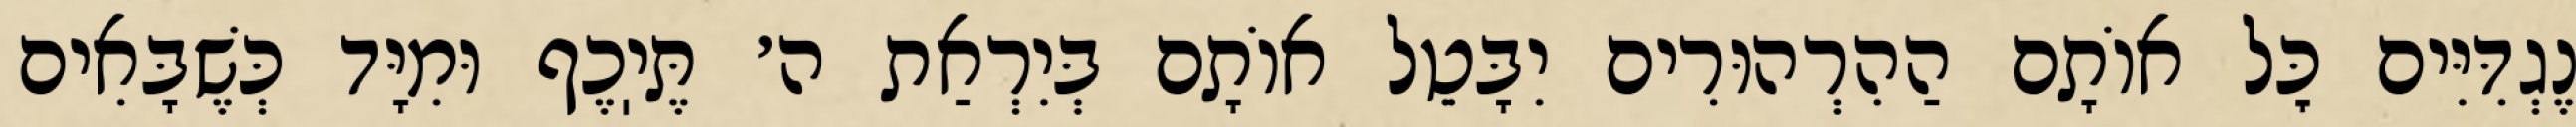
נֶגְדִּיִּים כׇּל אוֹתָם הַהִרְהוּרִים יִבָּטֵל אוֹתָם בְּיִרְאַת ה׳ תֶּיֽכֶף וּמִיָּד כְּשֶׁבָּאִים